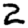
Digit: 2